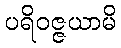
ပရိဝဇ္ဇယာမိ